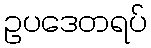
ဥပဒေတရပ်